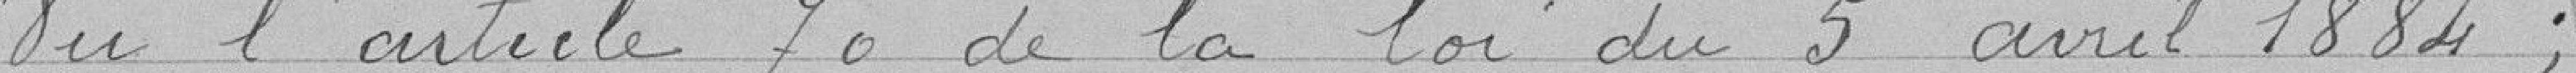
Vu l'article 70 de la loi du 5 avril 1884 ;